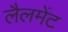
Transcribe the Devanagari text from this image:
लैलमेंट